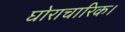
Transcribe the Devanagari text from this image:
घोराचारिक।